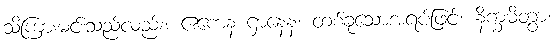
သိကြားမင်းသည်လည်း။ ဧကေန ဌာနေန၊ တစ်ခုသောအရပ်ဖြင့်။ နိက္ခမိတွာ၊